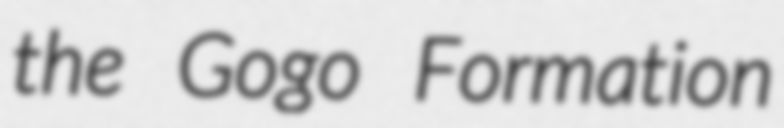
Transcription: the Gogo Formation